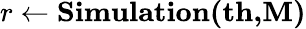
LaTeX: r\leftarrow\textbf{Simulation(th,M)}